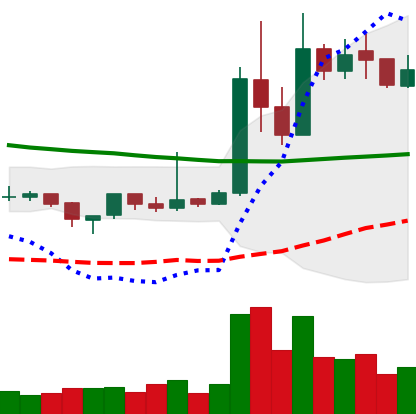
Ticker: XRP-USD
Chart end date: 2019-04-10
Forward return: -9.549%
Label: down_7plus